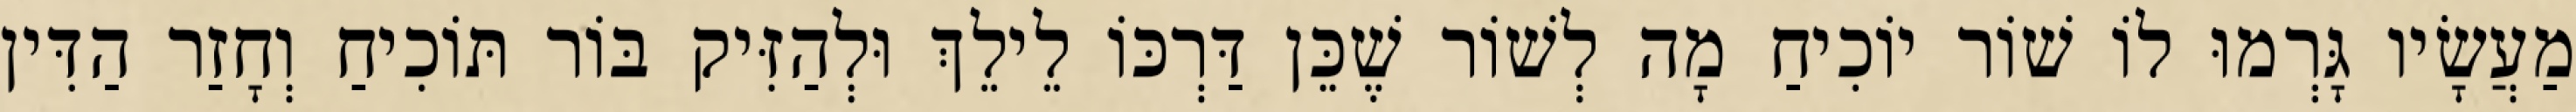
מַעֲשָׂיו גָּרְמוּ לוֹ שׁוֹר יוֹכִיחַ מָה לְשׁוֹר שֶׁכֵּן דַּרְכּוֹ לֵילֵךְ וּלְהַזִּיק בּוֹר תּוֹכִיחַ וְחָזַר הַדִּין